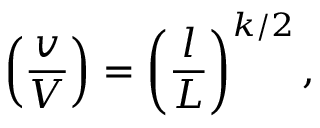
\left( \frac { v } { V } \right) = \left( \frac { l } { L } \right) ^ { k / 2 } ,